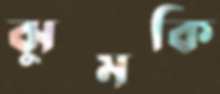
ঝুমকি